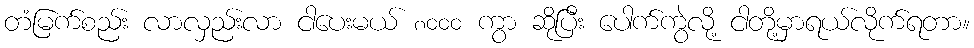
တံမြက်စည်း လာလှည်းလာ ငါပေးမယ် ၈၀၀၀ ကွာ ဆိုပြီး ပေါက်ကွဲလို့ ငါတို့မှာရယ်လိုက်ရတာ။